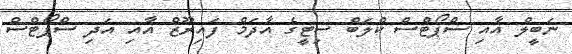
ނަބީލް އާއި ސްޕޯޓްސް ކްލަބް ސިޓީގެ އާދަމް ފައިރޫޒް އާއި އަދި ސްޕޯޓްސް